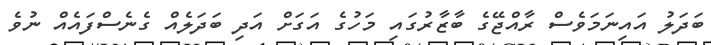
ބަދަލު އައިނަމަވެސް ރާއްޖޭގެ ބާޒާރުގައި މަހުގެ އަގަށް އަދި ބަދަލެއް ގެނެސްފައެއް ނުވެ